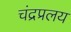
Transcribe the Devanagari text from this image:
चंद्रप्रलय